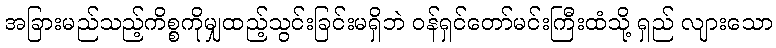
အခြားမည်သည့်ကိစ္စကိုမျှထည့်သွင်းခြင်းမရှိဘဲ ဝန်ရှင်တော်မင်းကြီးထံသို့ ရှည် လျားသော